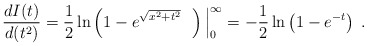
\begin{align*}\frac{d I(t)}{d(t^2)}=\frac{1}{2}\ln\left(1-e^{\sqrt{x^2+t^2}}~~\right)\Big|_0^{\infty}=-\frac{1}{2}\ln\left(1-e^{-t}\right)\;.\end{align*}